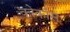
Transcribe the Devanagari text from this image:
कोकॉस